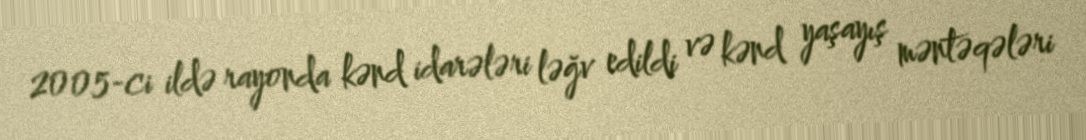
2005-ci ildə rayonda kənd idarələri ləğv edildi və kənd yaşayış məntəqələri